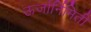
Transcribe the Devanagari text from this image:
ऊर्जार्निमिती